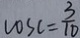
\cos c = \frac { 3 } { 1 0 }